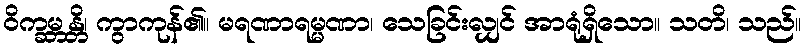
ဝိက္ခမ္ဘန္တိ၊ ကွာကုန်၏။ မရဏာရမ္မဏာ၊ သေခြင်းလျှင် အာရုံရှိသော။ သတိ၊ သည်။